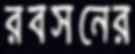
রবসনের